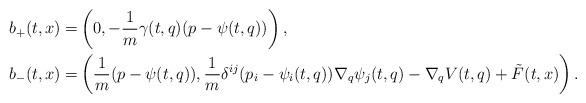
LaTeX: \begin{align*}b_+(t,x)=&\left(0,-\frac{1}{m}\gamma(t,q)(p-\psi(t,q))\right),\\b_-(t,x)=&\left(\frac{1}{m}(p-\psi(t,q)),\frac{1}{m} \delta^{ij}(p_i-\psi_i(t,q))\nabla_q \psi_j(t,q)-\nabla_qV(t,q)+\tilde F(t,x)\right).\end{align*}